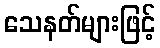
သေနတ်များဖြင့်